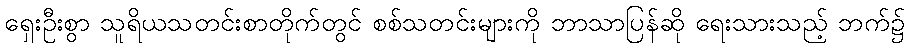
ရှေးဦးစွာ သူရိယသတင်းစာတိုက်တွင် စစ်သတင်းများကို ဘာသာပြန်ဆို ရေးသားသည့် ဘက်၌